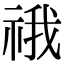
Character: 䄉